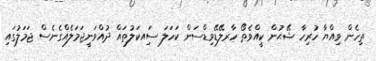
ތިހެން ވިއްޔާ ހުރިހާ ޝޭޙުން ކީއްވެތޯ ހާރލޭޑޭވިޑްސަން ކަހަލަ ސަިއކަލުތައް ދުއްވަނީޖަމަލެއްގެނެސް ޖަމަލުގައި